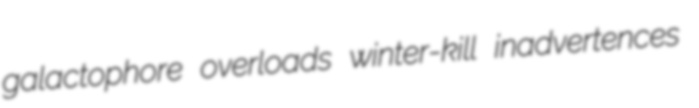
galactophore overloads winter-kill inadvertences